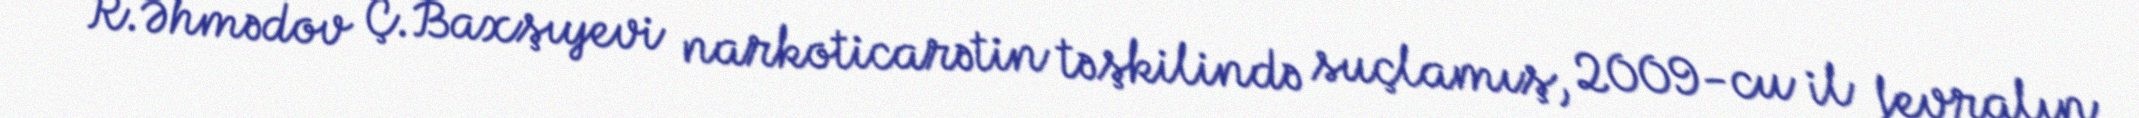
R.Əhmədov Ç.Baxşıyevi narkoticarətin təşkilində suçlamış, 2009-cu il fevralın